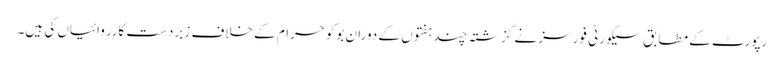
رپورٹ کے مطابق سیکورٹی فورسز نے گزشتہ چند ہفتوں کے دوران بوکوحرام کے خلاف زبردست کارروائیاں کی ہیں۔